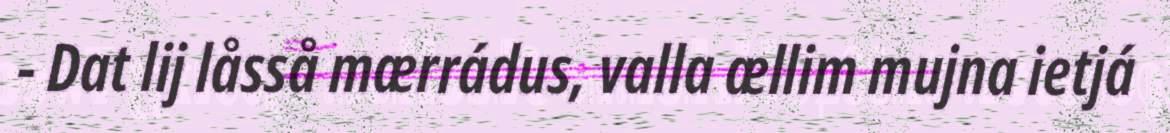
- Dat lij låsså mærrádus, valla ællim mujna ietjá